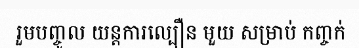
រួមបញ្ចូល យន្តការល្បឿន មួយ សម្រាប់ កញ្ចក់